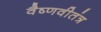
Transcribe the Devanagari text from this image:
वैष्णवीतंत्र